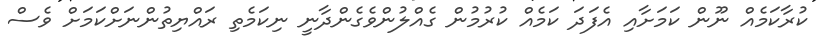
ކުރާކަމެއް ނޫން ކަމަށާއި އެފަދަ ކަމެއް ކުރުމުން ގެއްލުންވެގެންދާނީ ނިކަމެތި ރައްޔިތުންނަށްކަމަށް ވެސް